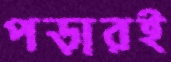
পড়ারই